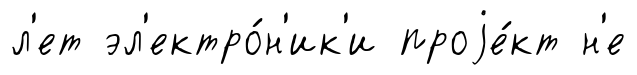
л'ет эл'ектро́н'ик'и проjе́кт н'е